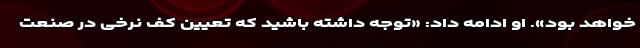
خواهد بود». او ادامه داد: «توجه داشته باشید که تعیین کف نرخی در صنعت